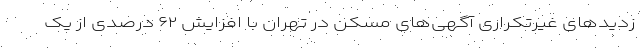
زدیدهای غیرتکراری آگهی‌های مسکن در تهران با افزایش ۶۲ درصدی از یک